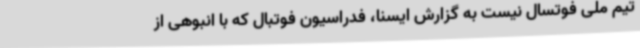
تیم ملی فوتسال نیست به گزارش ایسنا، فدراسیون فوتبال که با انبوهی از